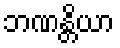
ဘဏန္တိယာ